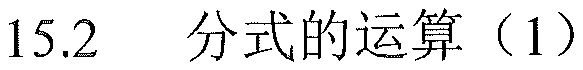
15.2  分式的运算（1）